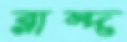
রাম্দ